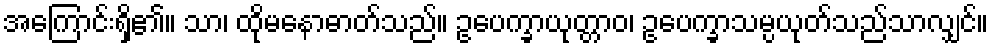
အကြောင်းရှိ၏။ သာ၊ ထိုမနောဓာတ်သည်။ ဥပေက္ခာယုတ္တာဝ၊ ဥပေက္ခာသမ္ပယုတ်သည်သာလျှင်။